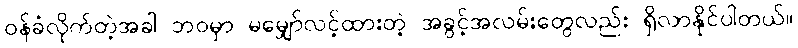
ဝန်ခံလိုက်တဲ့အခါ ဘဝမှာ မမျှော်လင့်ထားတဲ့ အခွင့်အလမ်းတွေလည်း ရှိလာနိုင်ပါတယ်။